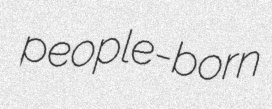
people-born